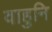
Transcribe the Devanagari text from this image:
वाहुनि